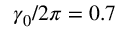
\protect \gamma _ { 0 } / 2 \protect \pi = 0 . 7